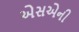
એસએની